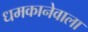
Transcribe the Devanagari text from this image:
धमकानेवाला